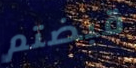
قبضتم